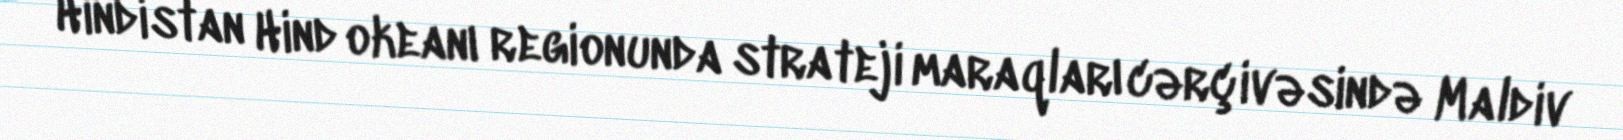
Hindistan Hind okeanı regionunda strateji maraqları cərçivəsində Maldiv